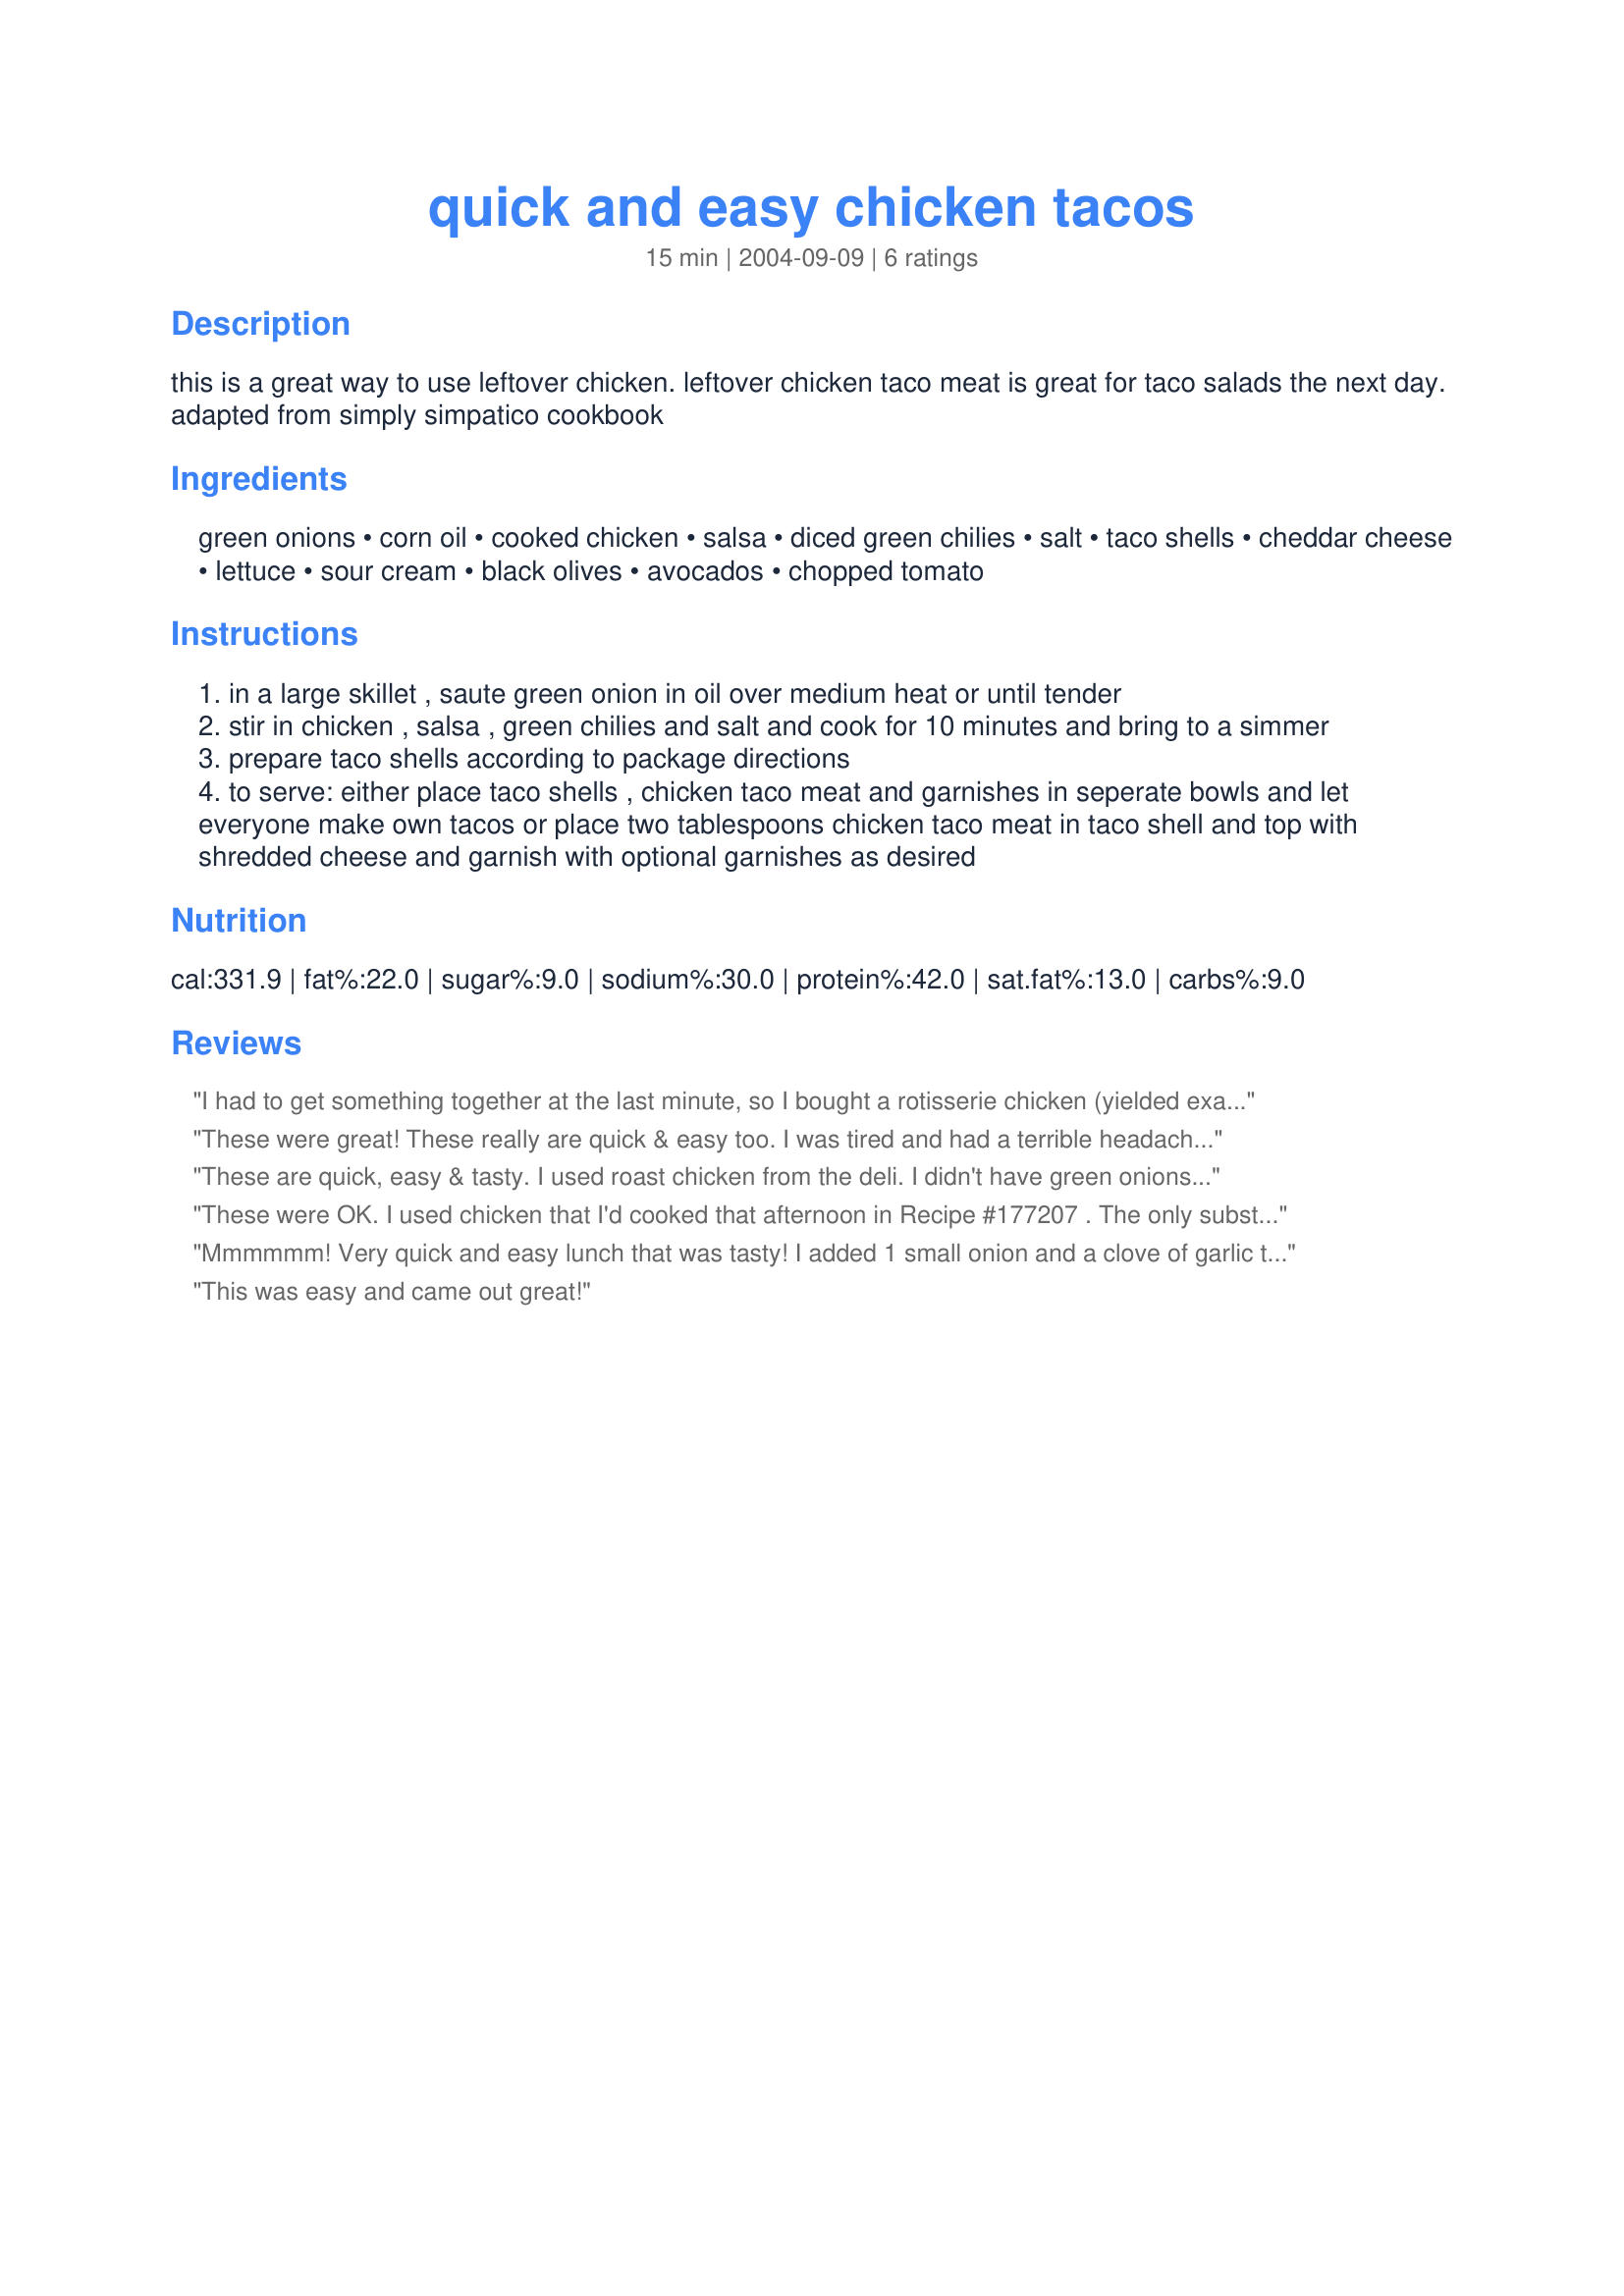
quick and easy chicken tacos
Preparation time: 15 minutes

this is a great way to use leftover chicken. leftover chicken taco meat is great for taco salads the next day. adapted from simply simpatico cookbook

Ingredients:
green onions, corn oil, cooked chicken, salsa, diced green chilies, salt, taco shells, cheddar cheese, lettuce, sour cream, black olives, avocados, chopped tomato

Steps:
in a large skillet , saute green onion in oil over medium heat or until tender
stir in chicken , salsa , green chilies and salt and cook for 10 minutes and bring to a simmer
prepare taco shells according to package directions
to serve: either place taco shells , chicken taco meat and garnishes in seperate bowls and let everyone make own tacos or place two tablespoons chicken taco meat in taco shell and top with shredded cheese and garnish with optional garnishes as desired

Reviews:
I had to get something together at the last minute, so I bought a rotisserie chicken (yielded exactly 2 c white meat) and some Paul Newman salsa and made this, using a combination of Sargento mixed Mexican cheeses and Sargento jalepeno-and-sundried-tomato cheddar. I served it with NurseDi's Avocado Mandarin Salad (Recipe #27131), which perfectly complemented the spiciness of the tacos. This dish instantly emerged as a go-to classic for me. Terrific contribution, ellie2, thanks!!!
These were great! These really are quick & easy too. I was tired and had a terrible headache, and this recipe came together so quickly, with little fuss - yet tasted great and was enjoyed by all. I used soft tortillas instead of crunchy taco shells and green salsa, which I prefer with chicken. I will be making this again whenever I want a quick and very tasty Mexican dinner.
These are quick, easy & tasty. I used roast chicken from the deli. I didn't have green onions on hand, so used half of a small white onion. I used a full cup of salsa, and it's a "Southwest" salsa that has black beans and corn in it, which I think added a nice extra. We used taco-sized flour tortillas, and I'd say the filling made about 6 good-sized tacos. Chose for Pick A Chef '05! Thanks ;)
These were OK. I used chicken that I'd cooked that afternoon in Recipe #177207 . The only substitution I made was using a white onion instead of green. I started with 1/2 cup taco sauce and found it a little dry, so wound up using about a cup total. My family liked these, but we've had other versions that suited our tastebuds better. Thanks for sharing!
Mmmmmm! Very quick and easy lunch that was tasty! I added 1 small onion and a clove of garlic to the green onion because we like them, and had to sub enchilada sauce for the salsa or taco sauce as that's all I had on hand, but would love to try the salsa next time! Very good! Served DH's on corn tortillas and the rest of ours on flour tortillas. Added sour cream and cheese. Very, very good. DH asked me to make it again! Thanks
This was easy and came out great!
